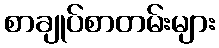
စာချုပ်စာတမ်းများ